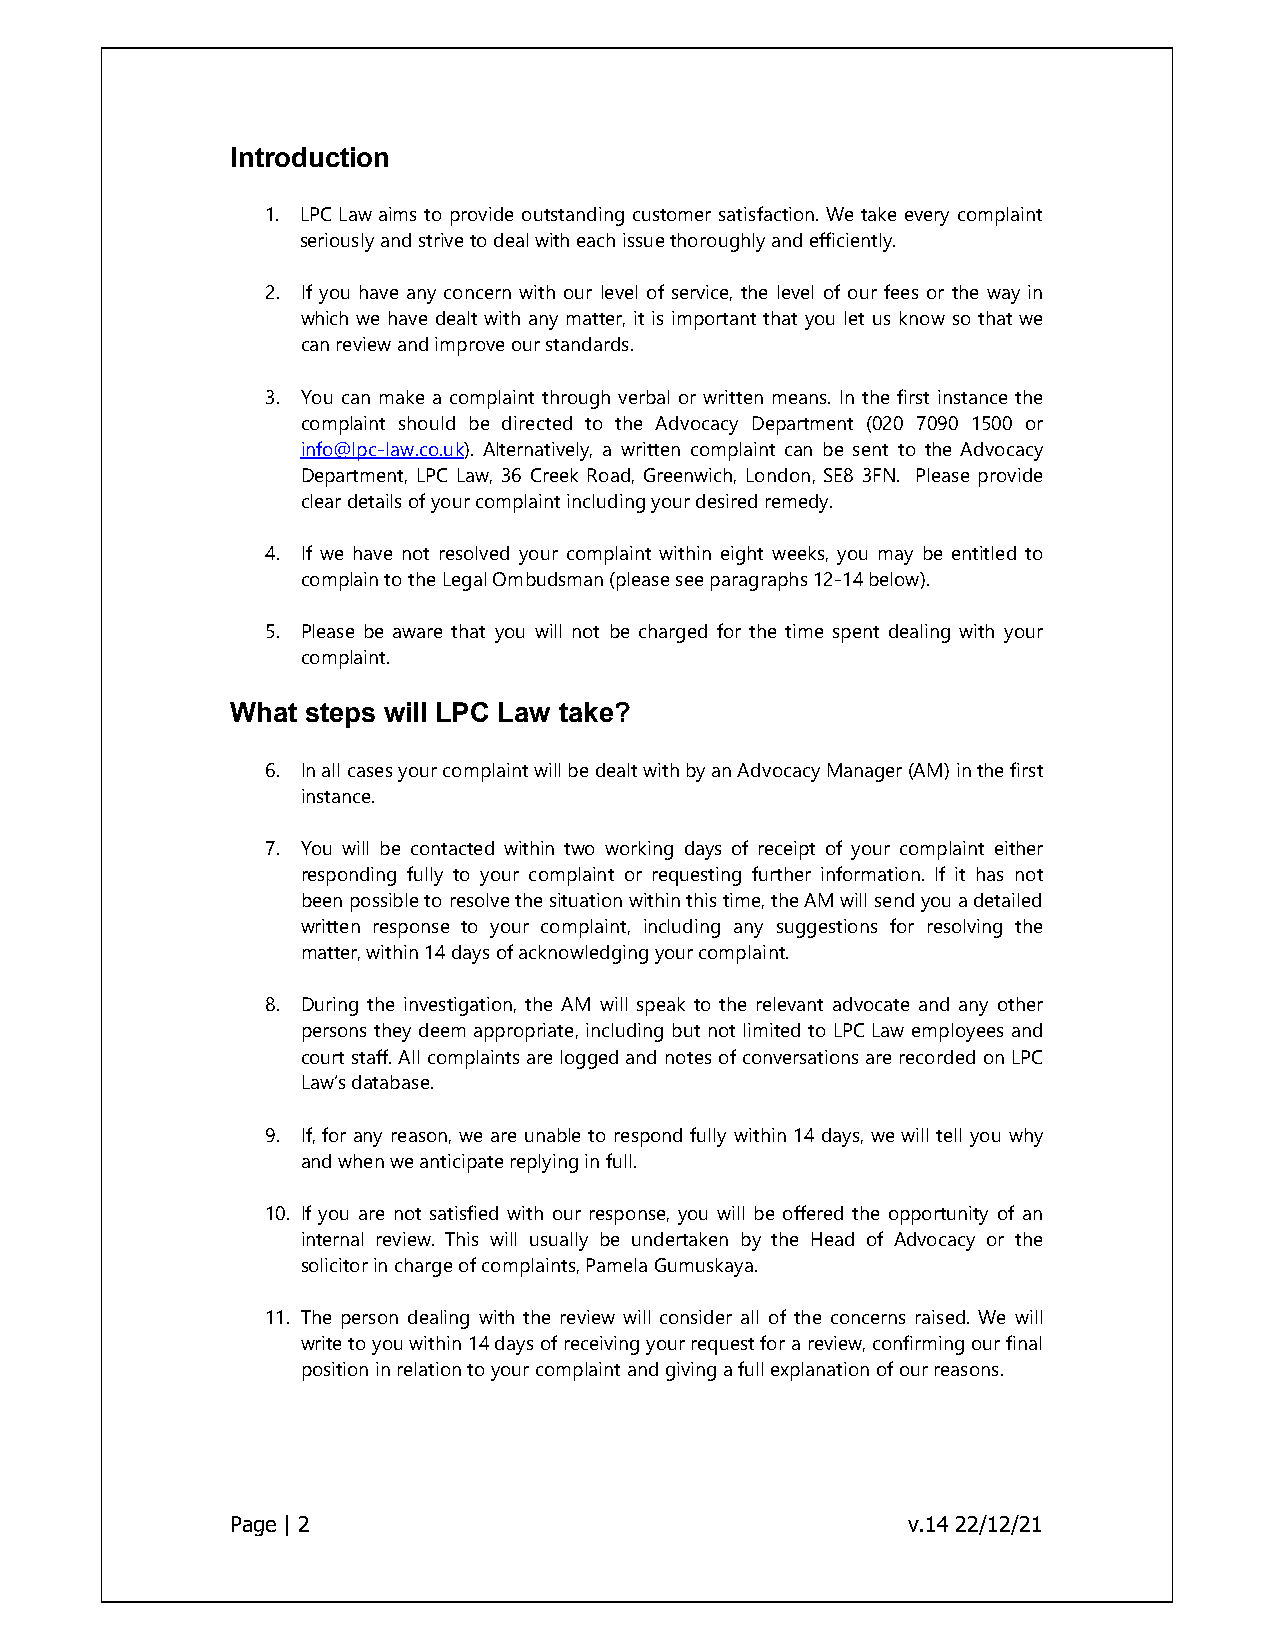
Introduction
 1. LPC Law aims to provide outstanding customer satisfaction. We take every complaint
 seriously and strive to deal with each issue thoroughly and efficiently.
 2. If you have any concern with our level of service, the level of our fees or the way in
 which we have dealt with any matter, it is important that you let us know so that we
 can review and improve our standards.
 3. You can make a complaint through verbal or written means. In the first instance the
 complaint should be directed to the Advocacy Department (020 7090 1500 or
 info@lpc-law.co.uk). Alternatively, a written complaint can be sent to the Advocacy
 Department, LPC Law, 36 Creek Road, Greenwich, London, SE8 3FN. Please provide
 clear details of your complaint including your desired remedy.
 4. If we have not resolved your complaint within eight weeks, you may be entitled to
 complain to the Legal Ombudsman (please see paragraphs 12-14 below).
 5. Please be aware that you will not be charged for the time spent dealing with your
 complaint.
 What steps will LPC Law take?
 6. In all cases your complaint will be dealt with by an Advocacy Manager (AM) in the first
 instance.
 7. You will be contacted within two working days of receipt of your complaint either
 responding fully to your complaint or requesting further information. If it has not
 been possible to resolve the situation within this time, the AM will send you a detailed
 written response to your complaint, including any suggestions for resolving the
 matter, within 14 days of acknowledging your complaint.
 8. During the investigation, the AM will speak to the relevant advocate and any other
 persons they deem appropriate, including but not limited to LPC Law employees and
 court staff. All complaints are logged and notes of conversations are recorded on LPC
 Law’s database.
 9. If, for any reason, we are unable to respond fully within 14 days, we will tell you why
 and when we anticipate replying in full.
 10. If you are not satisfied with our response, you will be offered the opportunity of an
 internal review. This will usually be undertaken by the Head of Advocacy or the
 solicitor in charge of complaints, Pamela Gumuskaya.
 11. The person dealing with the review will consider all of the concerns raised. We will
 write to you within 14 days of receiving your request for a review, confirming our final
 position in relation to your complaint and giving a full explanation of our reasons.
 Page | 2                                     v.14 22/12/21